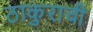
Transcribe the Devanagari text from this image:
ठाकुराची